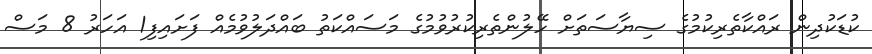
ކުޑަކުދިން ރައްކާތެރިކުމުގެ ސިޔާސަތަށް ހޭލުންތެރިކުރުވުމުގެ މަސައްކަތު ބައްދަލުވުމެއް ފަށައިފި1 އަހަރު 8 މަސް